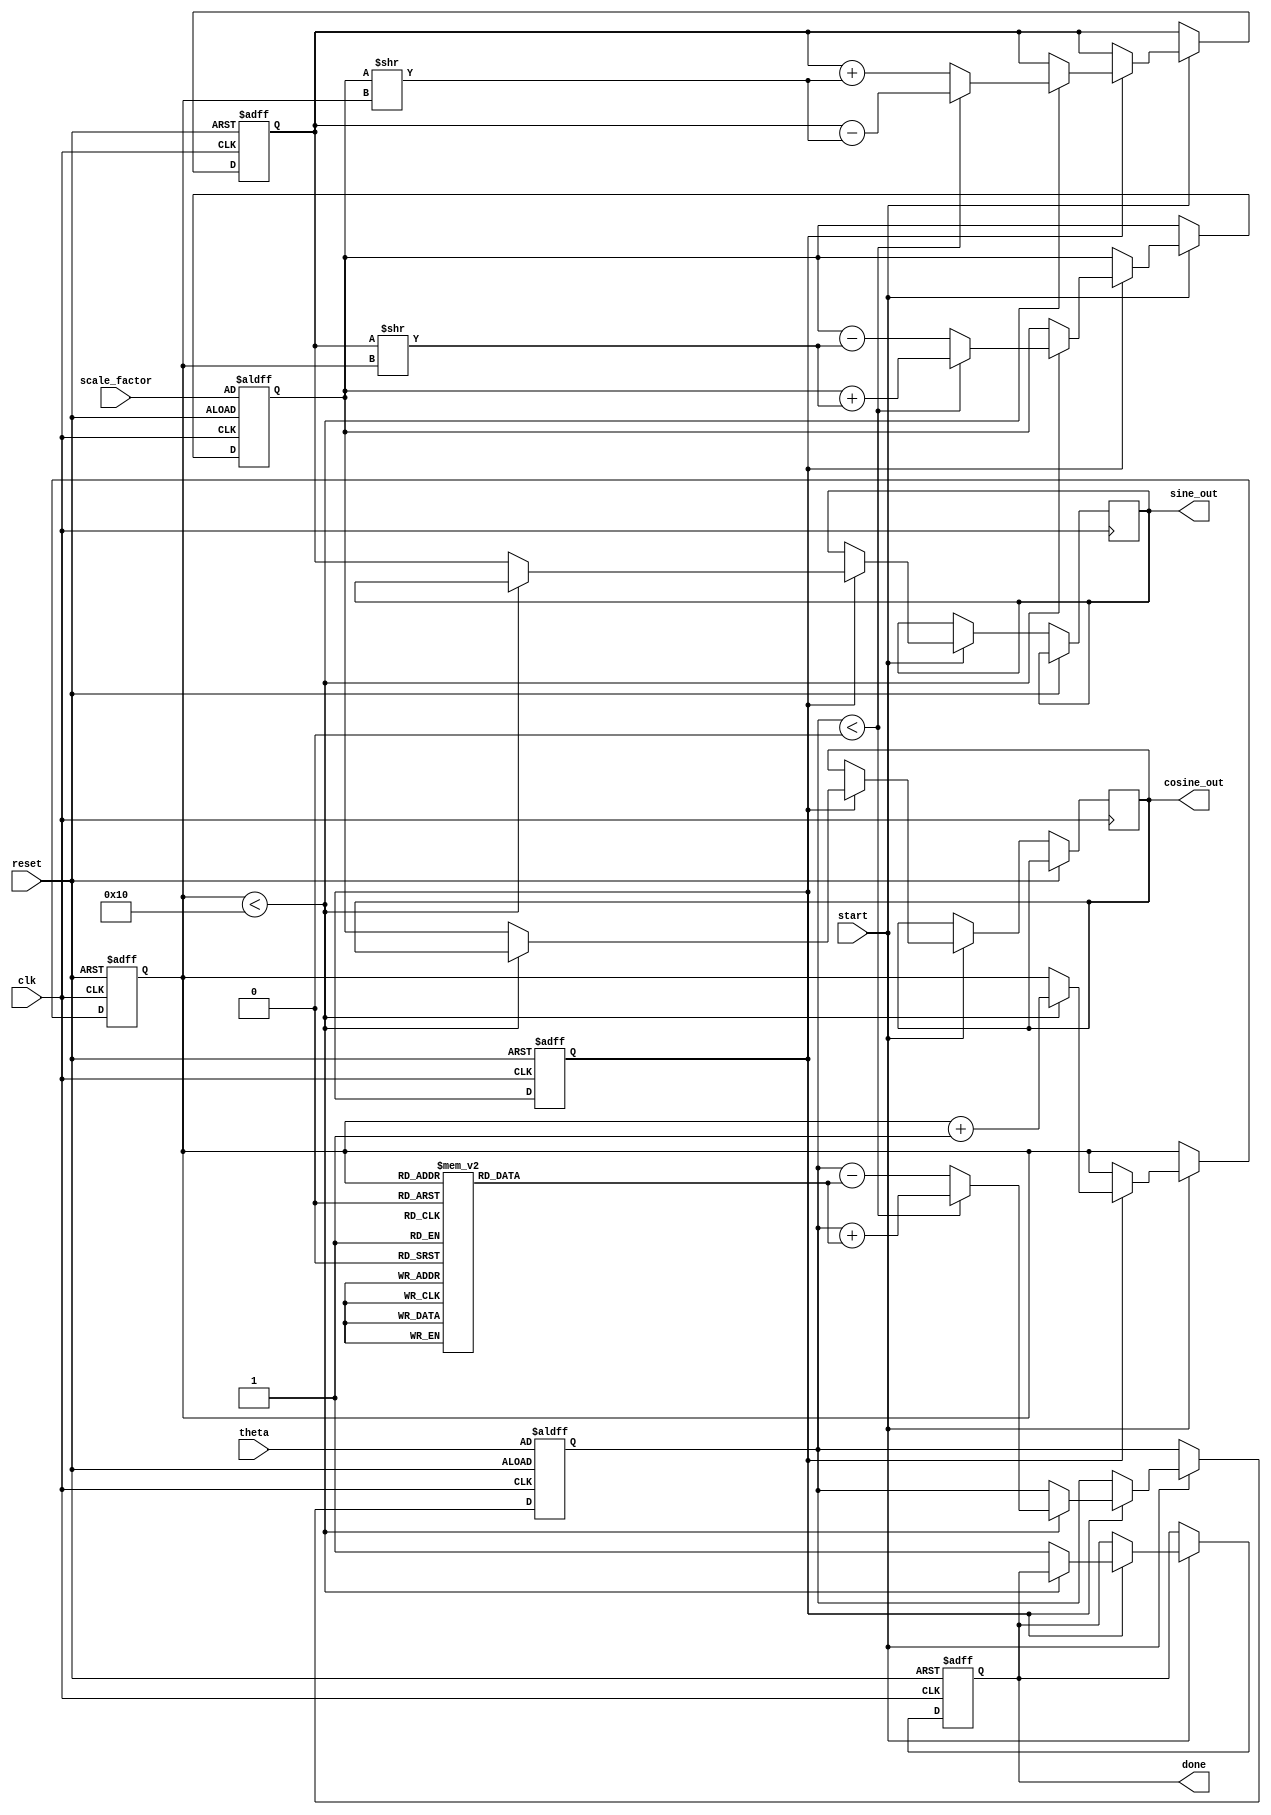
module adaptive_cordic (
    input wire clk,
    input wire reset,
    input wire [31:0] theta, // Input angle in fixed-point format
    input wire [31:0] scale_factor, // Scaling factor
    input wire start,
    output reg [31:0] sine_out,
    output reg [31:0] cosine_out,
    output reg done
);

    // CORDIC parameters
    parameter NUM_ITERATIONS = 16; // Maximum number of iterations
    reg [31:0] angle_table [0:NUM_ITERATIONS-1]; // Angle table for CORDIC
    reg [31:0] x, y, z; // x, y coordinates and angle z
    reg [3:0] iteration; // Current iteration count
    reg adaptive_mode; // Flag for adaptive mode

    // Initialize angle table
    initial begin
        angle_table[0] = 32'h00000000; // atan(0)
        angle_table[1] = 32'h0000003F; // atan(1/2^1)
        angle_table[2] = 32'h0000001F; // atan(1/2^2)
        angle_table[3] = 32'h0000000F; // atan(1/2^3)
        // ... Fill in the rest of the angle table
    end

    // Control Unit
    always @(posedge clk or posedge reset) begin
        if (reset) begin
            iteration <= 0;
            x <= scale_factor; // Initial x = scale factor
            y <= 0; // Initial y = 0
            z <= theta; // Initial angle
            done <= 0;
            adaptive_mode <= 1; // Start in adaptive mode
        end else if (start) begin
            if (adaptive_mode) begin
                if (iteration < NUM_ITERATIONS) begin
                    // CORDIC rotation logic
                    if (z < 0) begin
                        // Rotate clockwise
                        x <= x + (y >> iteration);
                        y <= y - (x >> iteration);
                        z <= z + angle_table[iteration];
                    end else begin
                        // Rotate counter-clockwise
                        x <= x - (y >> iteration);
                        y <= y + (x >> iteration);
                        z <= z - angle_table[iteration];
                    end
                    iteration <= iteration + 1;
                end else begin
                    // Finished iterations
                    sine_out <= y;
                    cosine_out <= x;
                    done <= 1;
                end
            end
        end
    end

    // Adaptive mechanism (simplified)
    always @(posedge clk) begin
        if (done) begin
            // Check precision and adjust iterations if necessary
            // This is a placeholder for the adaptive logic
            // You can implement a feedback mechanism here
            // For example, based on the difference between the desired and computed angle
        end
    end

endmodule